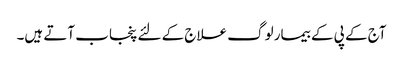
آج کے پی کے بیمار لوگ علاج کے لئے پنجاب آتے ہیں۔